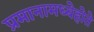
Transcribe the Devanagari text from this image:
प्रमानामध्येहोते